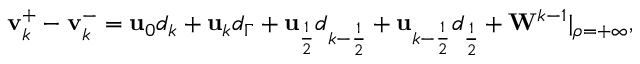
\begin{array} { r } { \mathbf { v } _ { k } ^ { + } - \mathbf { v } _ { k } ^ { - } = \mathbf { u } _ { 0 } d _ { k } + \mathbf { u } _ { k } d _ { \Gamma } + \mathbf { u } _ { \frac { 1 } { 2 } } d _ { k - \frac { 1 } { 2 } } + \mathbf { u } _ { k - \frac { 1 } { 2 } } d _ { \frac { 1 } { 2 } } + \mathbf { W } ^ { k - 1 } | _ { \rho = + \infty } , } \end{array}